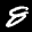
Label: 8